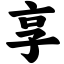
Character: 享